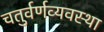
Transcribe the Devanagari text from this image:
चतुर्वर्णव्यवस्था